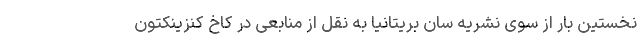
نخستین بار از سوی نشریه سان بریتانیا به نقل از منابعی در کاخ کنزینکتون